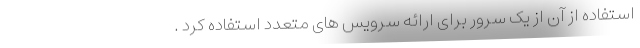
استفاده از آن از یک سرور برای ارائه سرویس های متعدد استفاده کرد .